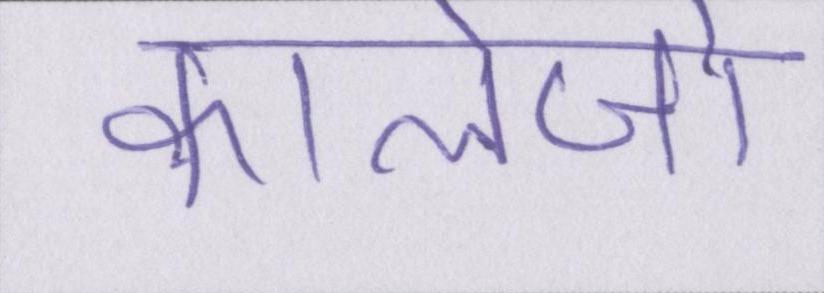
कालेजों